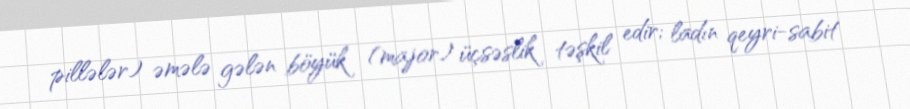
pillələr) əmələ gələn böyük (major) üçsəslik təşkil edir; ladın qeyri-sabit